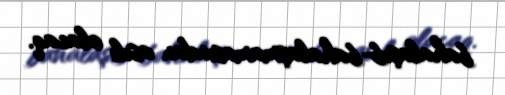
bahalaşıb-bahalaşmamasından asılı olacaq.